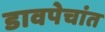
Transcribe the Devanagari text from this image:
डावपेचांत